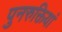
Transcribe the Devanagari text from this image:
पुनरुक्तियां